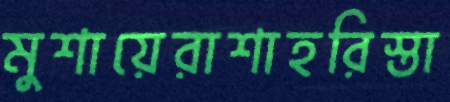
মুশায়েরাশাহরিস্তা